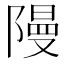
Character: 𮥝